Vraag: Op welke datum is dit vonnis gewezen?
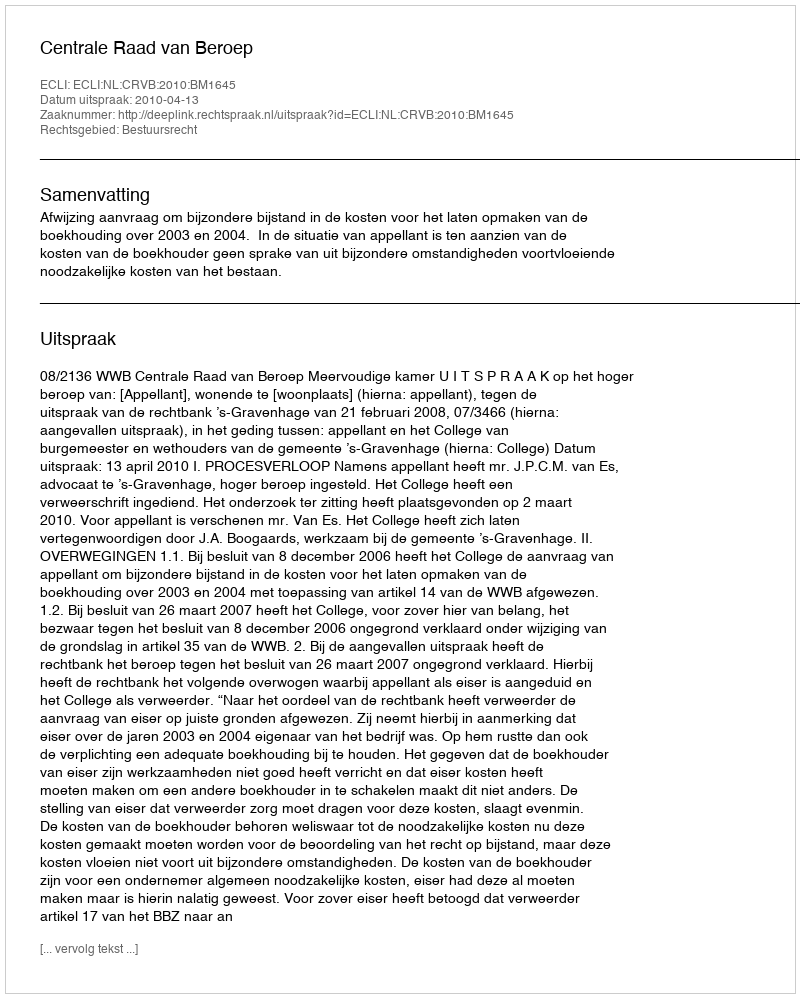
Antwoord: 2010-04-13